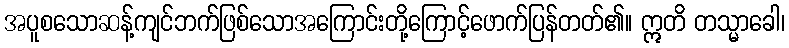
အပူစသောဆန့်ကျင်ဘက်ဖြစ်သောအကြောင်းတို့ကြောင့်ဖောက်ပြန်တတ်၏။ ဣတိ တသ္မာခေါ၊